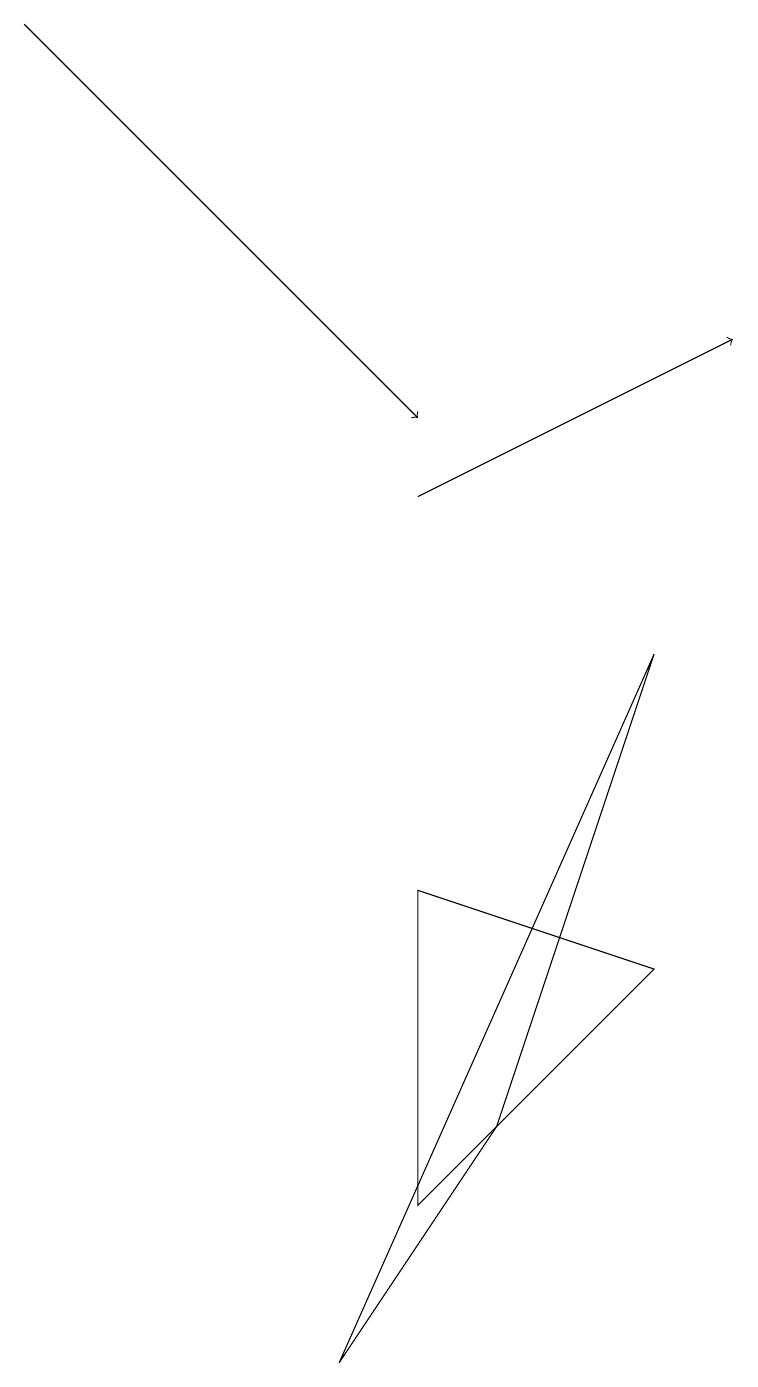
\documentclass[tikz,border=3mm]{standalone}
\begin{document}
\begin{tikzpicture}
\draw[->] (5,11) -- (9,13);
\draw (5,2) -- (8,5) -- (5,6) -- cycle;
\draw (4,0) -- (6,3) -- (8,9) -- cycle;
\draw[->] (0,17) -- (5,12);
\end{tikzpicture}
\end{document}